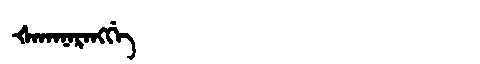
Manchu: ᡧᠠᡴᠠᠨᠠᡵᠠᠩᡤᡝ
Romanization: ŠAKANARANGGE